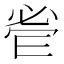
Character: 𱞑